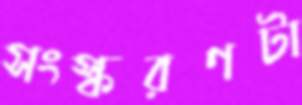
সংস্করণটা